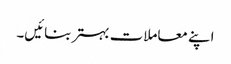
اپنے معاملات بہتر بنائیں۔